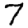
Digit: 7